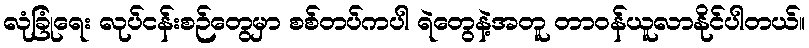
လုံခြုံရေး လုပ်ငန်းစဉ်တွေမှာ စစ်တပ်ကပါ ရဲတွေနဲ့အတူ တာဝန်ယူလာနိုင်ပါတယ်။